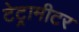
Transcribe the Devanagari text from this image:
टेट्रामीटर